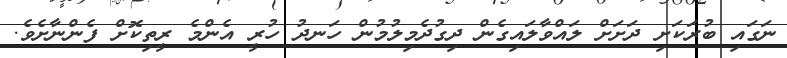
ނަގައި ބުރަކަށި ދަށަށް ލައްވާލައިގެން ދިގުދެމިލުމުން ހަނދު ހުރީ އެންމެ ރީތިކޮށް ފެންނާށެވެ.